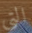
التي